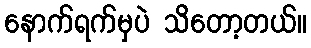
နောက်ရက်မှပဲ သိတော့တယ်။